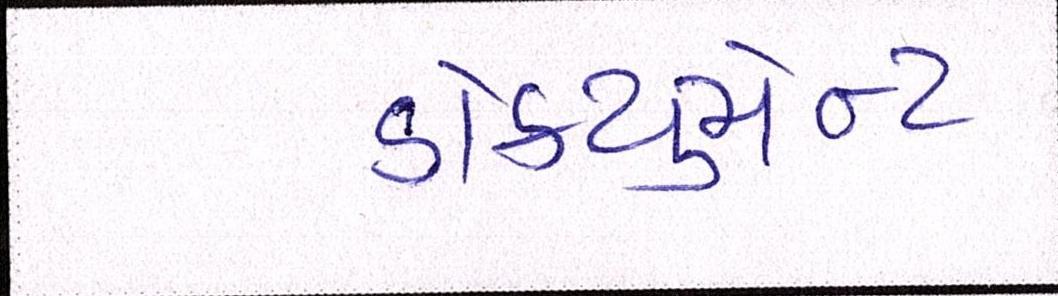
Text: ડોક્યુમેન્ટ